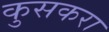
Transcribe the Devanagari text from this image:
कुसकरा